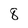
Character: 8